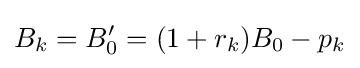
B_{k}=B'_{0}=(1+r_{k})B_{0}-p_{k}